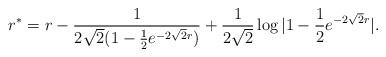
LaTeX: \begin{align*}r^*= r - {1 \over 2\sqrt 2 (1- {1 \over 2} e^{-2\sqrt 2 r})} + {1 \over 2 \sqrt 2} \log |1- {1 \over 2} e^{-2\sqrt 2 r}|.\end{align*}